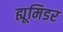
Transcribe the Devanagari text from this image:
ह्यूमिडर